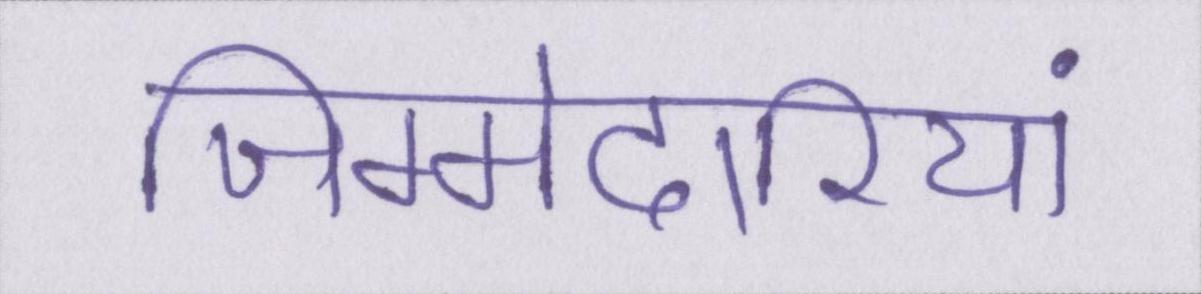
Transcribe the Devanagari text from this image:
जिम्मेदारियां